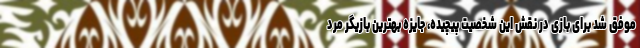
موفق شد برای بازی در نقش این شخصیت پیچیده، جایزه بهترین بازیگر مرد